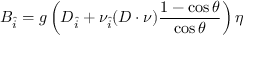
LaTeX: B _ { \hat { i } } = g \left( D _ { \hat { i } } + \nu _ { \hat { i } } ( D \cdot \nu ) \frac { 1 - \cos \theta } { \cos \theta } \right) \eta